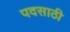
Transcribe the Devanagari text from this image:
पदसाठी